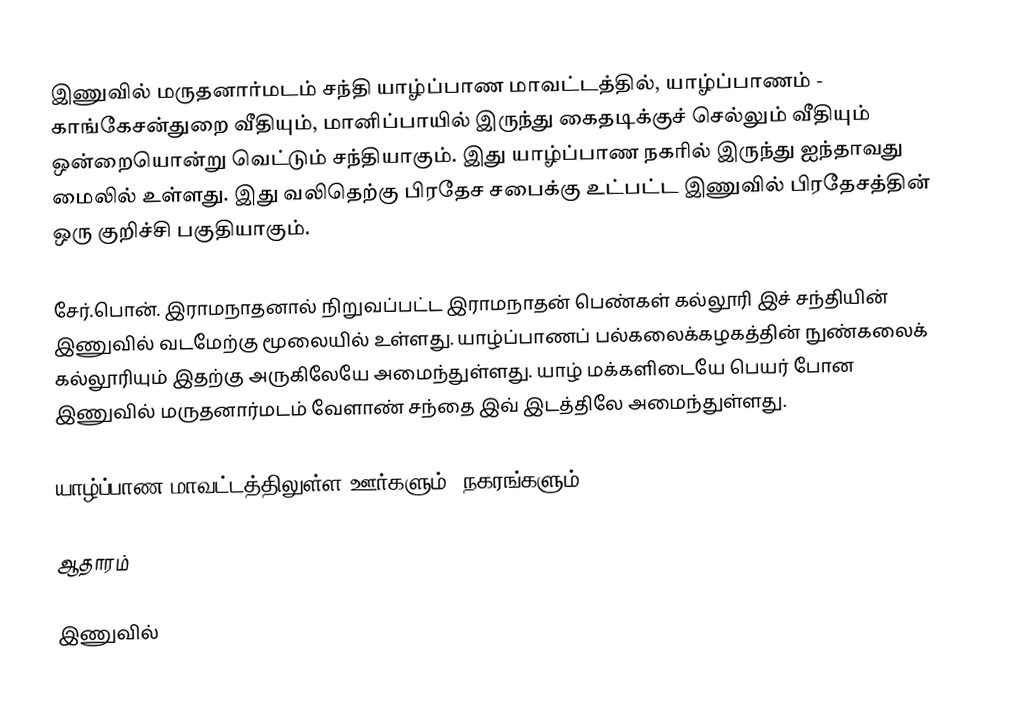
இணுவில் மருதனார்மடம் சந்தி யாழ்ப்பாண மாவட்டத்தில், யாழ்ப்பாணம் - காங்கேசன்துறை வீதியும், மானிப்பாயில் இருந்து கைதடிக்குச் செல்லும் வீதியும் ஒன்றையொன்று வெட்டும் சந்தியாகும். இது யாழ்ப்பாண நகரில் இருந்து ஐந்தாவது மைலில் உள்ளது. இது வலிதெற்கு பிரதேச சபைக்கு உட்பட்ட இணுவில் பிரதேசத்தின் ஒரு குறிச்சி பகுதியாகும்.

சேர்.பொன். இராமநாதனால் நிறுவப்பட்ட இராமநாதன் பெண்கள் கல்லூரி இச் சந்தியின் இணுவில் வடமேற்கு மூலையில் உள்ளது. யாழ்ப்பாணப் பல்கலைக்கழகத்தின் நுண்கலைக் கல்லூரியும் இதற்கு அருகிலேயே அமைந்துள்ளது. யாழ் மக்களிடையே பெயர் போன இணுவில் மருதனார்மடம் வேளாண் சந்தை இவ் இடத்திலே அமைந்துள்ளது.

யாழ்ப்பாண மாவட்டத்திலுள்ள ஊர்களும், நகரங்களும்

ஆதாரம்

 இணுவில்